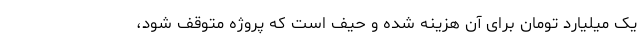
یک میلیارد تومان برای آن هزینه شده و حیف است که پروژه متوقف شود،